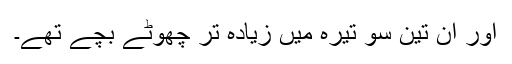
اور ان تین سو تیرہ میں زیادہ تر چھوٹے بچے تھے۔